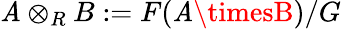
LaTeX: \mathit{A}\otimes_{R}B:=F(\mathit{A}\timesB)/G